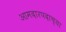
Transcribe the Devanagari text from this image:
आमदारपदाच्या